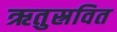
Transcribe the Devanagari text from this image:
ऋतुस्रवित